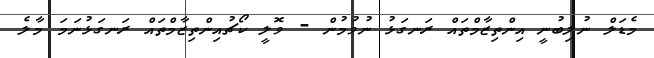
މެޑަލް ނުލިބުނީ އިންތިޒާމްތައް ރަނގަޅު ނުވުމުން - ވޮލީ ކޯޗުއިންތިޒާމްތައް ރަނގަޅުނަމަ މާލެ